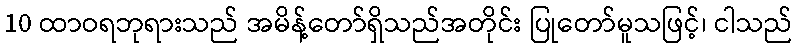
10 ထာဝရဘုရားသည် အမိန့်တော်ရှိသည်အတိုင်း ပြုတော်မူသဖြင့်၊ ငါသည်